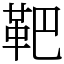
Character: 靶